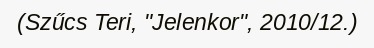
(Szűcs Teri, "Jelenkor", 2010/12.)